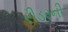
રીડરની